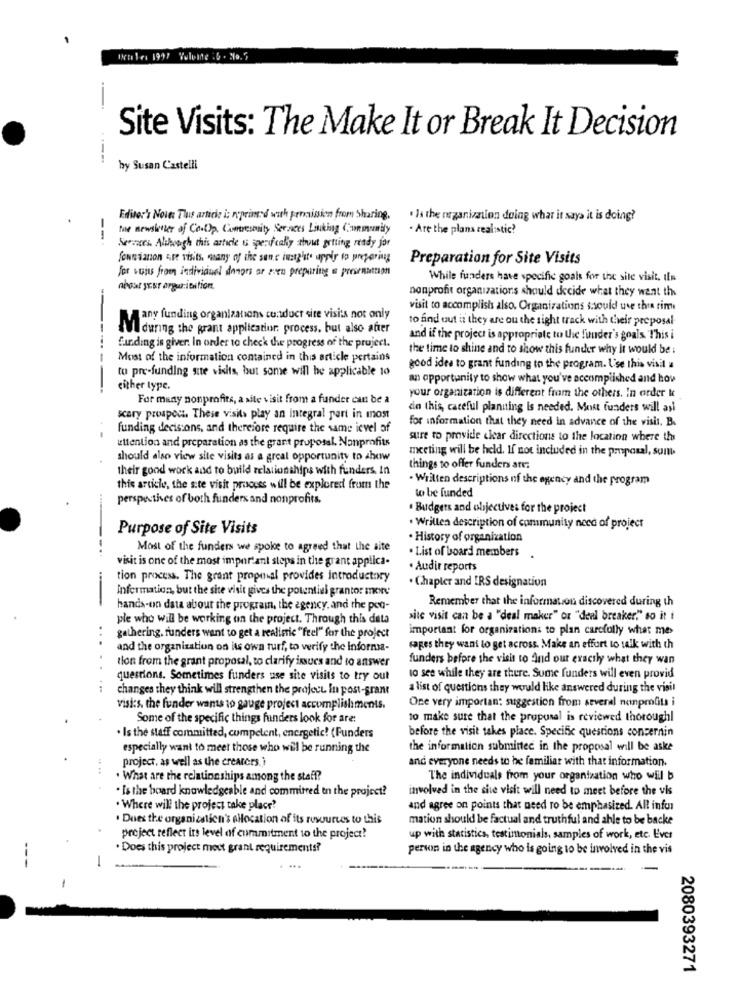
Site Visits: The Make It or Break It Decision
by Susan Castelli
Editor's Nouns Thus artick i: reprinted with permission from Sharing.
· la the organization doing what it says it is doing?
the newslikt of ConOp, Compresoity Seraces Linking Community
. Are the plans realistic?
--.
Services Although this article is specificaly about getting ready for
fontianon are visits, many of the sene iwesg'te uppir to preparing
Preparation for Site Visits
For suis from individual donors or even preparing a provanation
While funders have specific goals for the site visit, In
about your arguriention.
nonprofit organizations should decide what they want the
visit to accomplish also. Organizations should use the rim
A any funding organizations conduct site visits not only
to find out is they are ou the sight track with their proposal
--
Il during the grant application process. but also after
and if the project is appropriate to the finder's goals This i
funding is giver. In order to check the progress of the project.
the time to shine and to show this funder why it would be :
...-
Most of the information contained in this article pertains
to pre-funding site visits, but some will be applicable 10
good idea to grant funding to the program. Use this visit a
an opportunity to show what you've accomplished and how
either type.
For many nonprofits, a site visit from a funder can be a
your organization is different from the others. In order &
din this, careful planning is needed. Most funders will asi
scary prospect. These visits play an Integral part in most
for information that they need in advance of the visit. B.
funding decisions, and therefore require the same ievel of
attention and preparation as the grant proposal. Nonprofits
sure to provide clear directions to the location where the
meeting will be held. If not included in the proposal, som
should also view site visits as a great opportunity to show
their good work and to build relationships with funders, In
things to offer funders are
. Written descriptions of the agency and the program
this article, the site visit process will be explored from the
perspectives of both funders and nonprofits.
to be funded
. Budgets and objectives for the project
Purpose of Site Visits
. Written description of community need of project
· History of organization
Most of the funders we spoke to agreed that the site
. List of board members
visit is one of the most important steps in the grant applica-
Audir reports
tion process. The grant proposal provides introductory
. Chapter and ERS designation
Information, but the site visit gives the potential grantor more
Remember that the information discovered during th
-
hands-on data about the program, the agency, and the poo-
ple who will be working on the project. Through this data
site visit can be a "deal maker" or "deal breaker" so it i
important for organization: to plan carefully what me
...
gathering. funders want to get a realistic "feel" for the project
and the organization on its own turf, to verify the infornia-
sages they want to get across. Make an effort to talk with th
tion from the grant proposal, to clarify issues and to answer
funders before the visit to And our exactly what they wan
questions. Sometimes funders use site visits to try out
to see while they are there. Sume funders will even provid
changes they think will strengthen the project In post-grant
a list of questions they would like answered during the visit
One very importan; suggestion from several nonprofits i
visi:s. the funder wants to gauge project accomplishments.
Some of the specific things funders look for are:
to make sure that the proposal is reviewed thoroughl
before the visit takes place. Specific questions concernin
. Is the staff committed, competent, energetic! (Funders
especially want to meet those who will be running the
the information submitted in the proposal will be aske
project, as well as the creaters.i
and everyone needs to be familiar with that information.
.. ..
. What are the relationships among the staff?
The individuals from your organization who will b
· Is the board knowledgeable and committed tn the project?
involved in the site visit will need to meet before the vis
. Where will the project take place?
and agree on points that need ro be emphasized. All infor
.Does the organization's allocation of its resources to this
mation should be factual and truthful and able to be backe
project reflect its level of commitment to the project?
up with statistics, testimonials, samples of work, etc. Ever
Does this project most grant requirements?
person in the agency who is going to be involved in the vis
-
-
2080393271